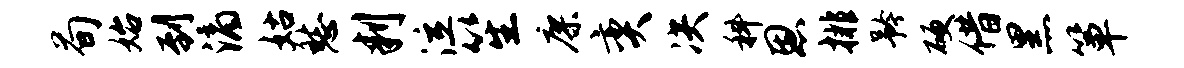
荀始到滴姑愁判泣笙廖奕决科恩排矜硬借黑箪